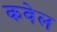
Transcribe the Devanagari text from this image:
कवेल